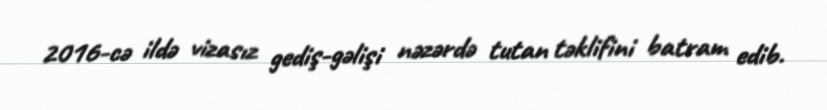
2016-cə ildə vizasız gediş-gəlişi nəzərdə tutan təklifini batram edib.